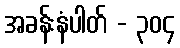
အခန်းနံပါတ် - ၃၀၄